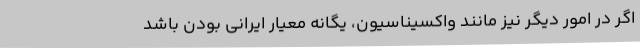
اگر در امور دیگر نیز مانند واکسیناسیون‌، یگانه معیار ایرانی بودن باشد